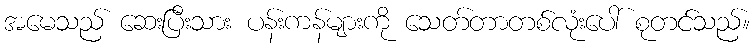
အမေသည် ဆေးပြီးသား ပန်းကန်များကို သေတ်တာတစ်လုံးပေါ် စုတင်သည်။